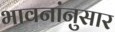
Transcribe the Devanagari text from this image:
भावनांनुसार